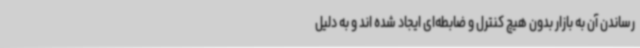
رساندن آن‌ به بازار بدون هیچ کنترل و ضابطه‌ای ایجاد شده اند و به دلیل